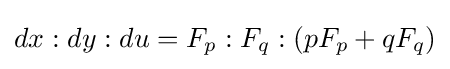
dx:dy:du=F_{p}:F_{q}:(pF_{p}+qF_{q})